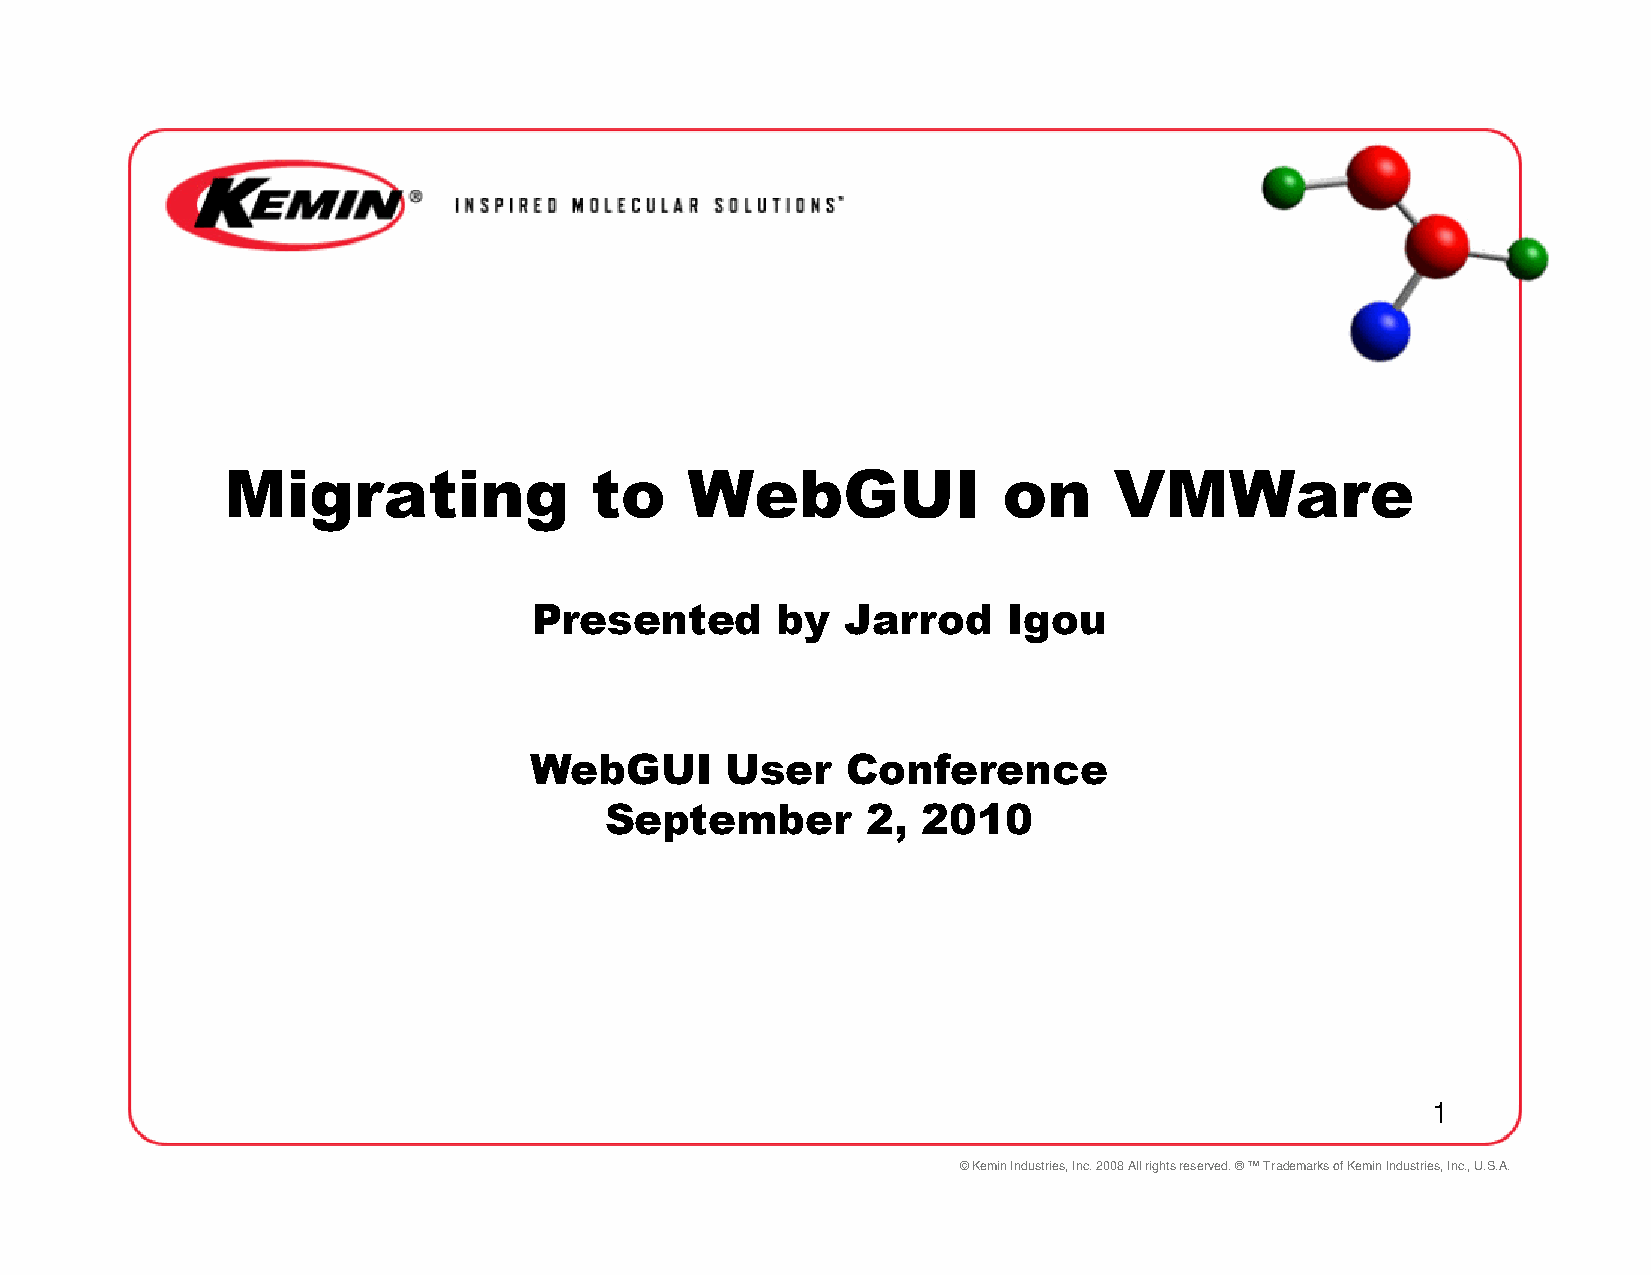
Migrating               to    WebGUI               on      VMWare
 Presented       by   Jarrod     Igou
 WebGUI       User    Conference
 September        2,  2010
 1
 © Kemin Industries, Inc. 2008 All rights reserved. ® ™ Trademarks of Kemin Industries, Inc., U.S.A.